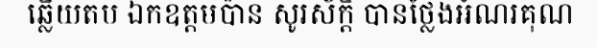
ឆ្លើយតប ឯកឧត្តមប៉ាន សូរស័ក្តិ បានថ្លែងអំណរគុណ